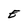
Character: E